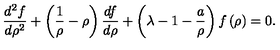
\frac { d ^ { 2 } f } { d \rho ^ { 2 } } + \left( \frac { 1 } { \rho } - \rho \right) \frac { d f } { d \rho } + \left( \lambda - 1 - \frac { a } { \rho } \right) f \left( \rho \right) = 0 .